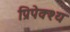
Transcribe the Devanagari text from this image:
प्रिपेक्श्य